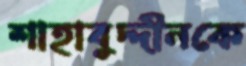
শাহাবুদ্দীনকে